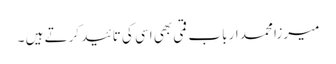
میرزا محمد ارباب قمی بھی اسی کی تائید کرتے ہیں ۔